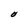
Character: O